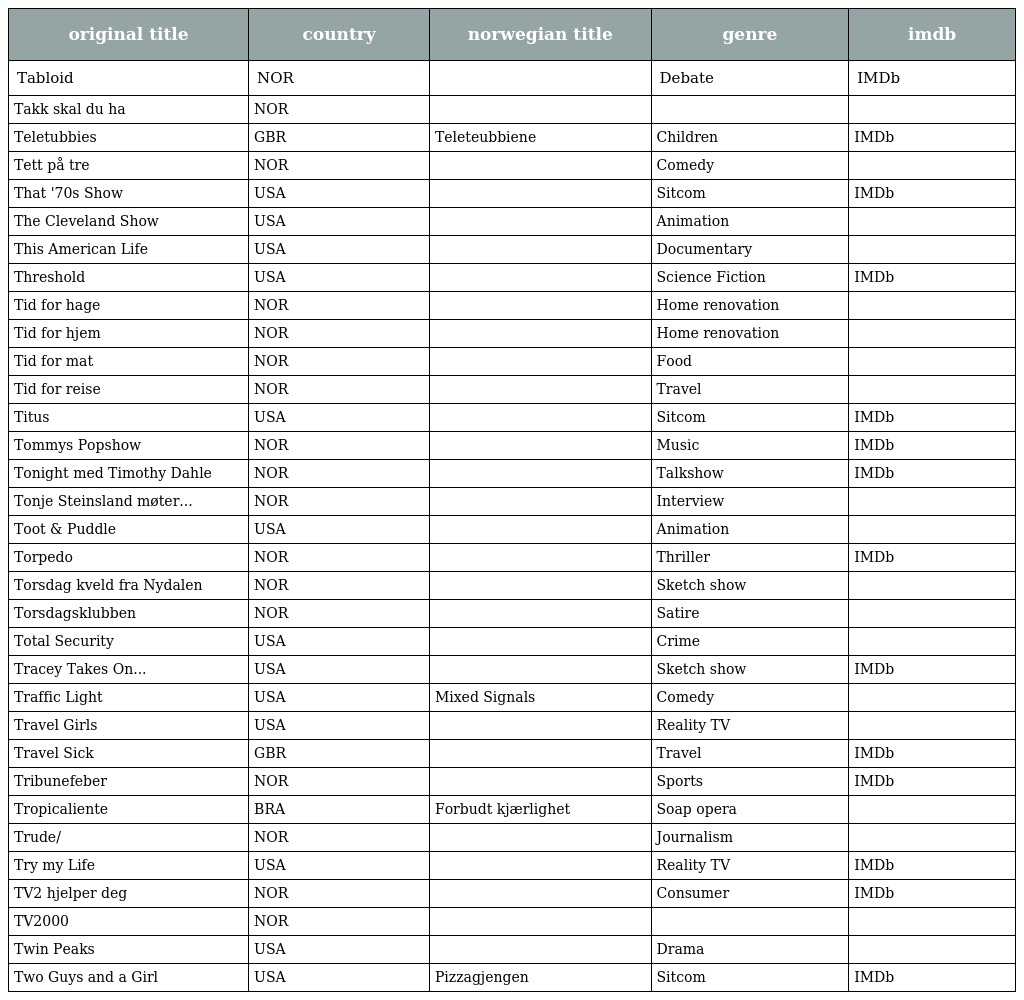
| original title | country | norwegian title | genre | imdb |
 | --- | --- | --- | --- | --- |
 | Tabloid | NOR |  | Debate | IMDb |
 | Takk skal du ha | NOR |  |  |  |
 | Teletubbies | GBR | Teleteubbiene | Children | IMDb |
 | Tett på tre | NOR |  | Comedy |  |
 | That '70s Show | USA |  | Sitcom | IMDb |
 | The Cleveland Show | USA |  | Animation |  |
 | This American Life | USA |  | Documentary |  |
 | Threshold | USA |  | Science Fiction | IMDb |
 | Tid for hage | NOR |  | Home renovation |  |
 | Tid for hjem | NOR |  | Home renovation |  |
 | Tid for mat | NOR |  | Food |  |
 | Tid for reise | NOR |  | Travel |  |
 | Titus | USA |  | Sitcom | IMDb |
 | Tommys Popshow | NOR |  | Music | IMDb |
 | Tonight med Timothy Dahle | NOR |  | Talkshow | IMDb |
 | Tonje Steinsland møter... | NOR |  | Interview |  |
 | Toot & Puddle | USA |  | Animation |  |
 | Torpedo | NOR |  | Thriller | IMDb |
 | Torsdag kveld fra Nydalen | NOR |  | Sketch show |  |
 | Torsdagsklubben | NOR |  | Satire |  |
 | Total Security | USA |  | Crime |  |
 | Tracey Takes On... | USA |  | Sketch show | IMDb |
 | Traffic Light | USA | Mixed Signals | Comedy |  |
 | Travel Girls | USA |  | Reality TV |  |
 | Travel Sick | GBR |  | Travel | IMDb |
 | Tribunefeber | NOR |  | Sports | IMDb |
 | Tropicaliente | BRA | Forbudt kjærlighet | Soap opera |  |
 | Trude/ | NOR |  | Journalism |  |
 | Try my Life | USA |  | Reality TV | IMDb |
 | TV2 hjelper deg | NOR |  | Consumer | IMDb |
 | TV2000 | NOR |  |  |  |
 | Twin Peaks | USA |  | Drama |  |
 | Two Guys and a Girl | USA | Pizzagjengen | Sitcom | IMDb |